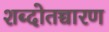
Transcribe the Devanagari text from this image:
शब्दोतच्चारण